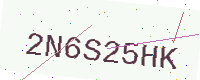
Text: 2N6S25HK